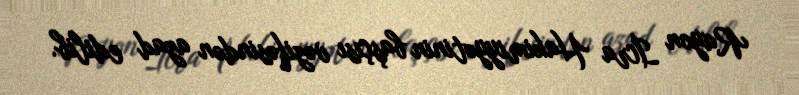
Rayon İcra Hakimiyyətinin başçısı vəzifəsindən azad edilib.